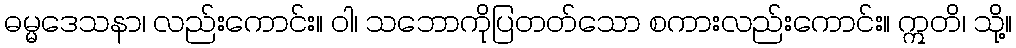
ဓမ္မဒေသနာ၊ လည်းကောင်း။ ဝါ၊ သဘောကိုပြတတ်သော စကားလည်းကောင်း။ ဣတိ၊ သို့။